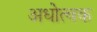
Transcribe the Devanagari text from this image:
अधोत्वक